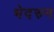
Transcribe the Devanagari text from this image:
भेदरुन